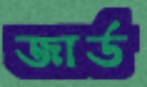
জার্ড